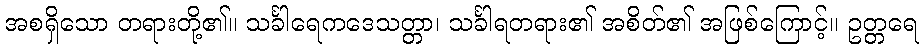
အစရှိသော တရားတို့၏။ သင်္ခါရေကဒေသတ္တာ၊ သင်္ခါရတရား၏ အစိတ်၏ အဖြစ်ကြောင့်။ ဥတ္တရေ